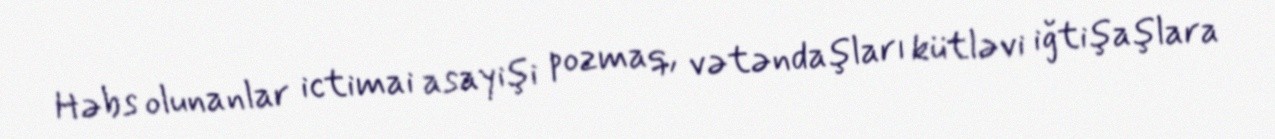
Həbs olunanlar ictimai asayişi pozmaq, vətəndaşları kütləvi iğtişaşlara